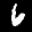
Label: 6